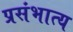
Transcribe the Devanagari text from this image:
प्रसंभात्य